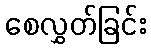
စေလွှတ်ခြင်း